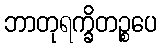
ဘာတုရက္ခိတဉ္စပေ